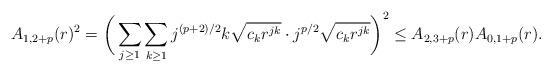
LaTeX: \begin{align*} A_{1,2+p}(r)^2 = \bigg(\sum_{j\ge 1}\sum_{k\ge 1} j^{(p+2)/2} k\sqrt{c_kr^{jk}} \cdot j^{p/2} \sqrt{c_kr^{jk}}\bigg)^2 \le A_{2,3+p}(r)A_{0,1+p}(r).\end{align*}